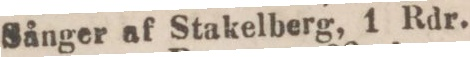
Sånger af Stakelberg, 1 Rdr.